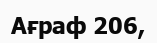
Ағраф 206,